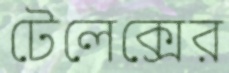
টেলেক্সের